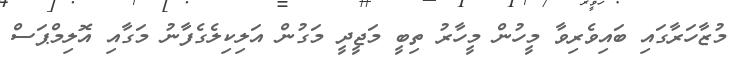
މުޒާހަރާގައި ބައިވެރިވާ މީހުން މީހާރު ތިބީ މަޖީދީ މަގުން އަލިކިލެގެފާނު މަގާއި އޮލިމްޕަސް